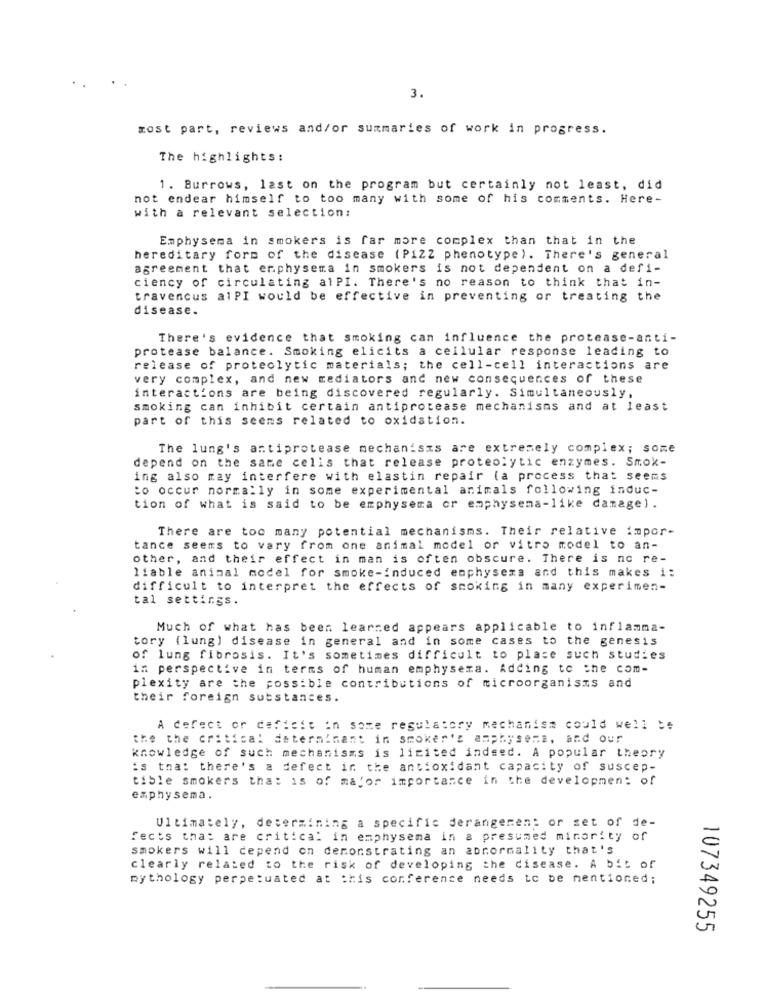
3.
most part, reviews and/or summaries of work in progress.
The highlights:
1. Burrows, last on the program but certainly not least, did
not endear himself to too many with some of his comments. Here-
with a relevant selection:
Emphysema in smokers is far more complex than that in the
hereditary form of the disease (PIZZ phenotype). There's general
agreement that emphysema in smokers is not dependent on a defi-
ciency of circulating alPI. There's no reason to think that in-
travencus alPI would be effective in preventing or treating the
disease.
There's evidence that smoking can influence the protease-anti-
protease balance. Smoking elicits a cellular response leading to
release of proteolytic materials; the cell-cell interactions are
very complex, and new mediators and new consequences of these
interactions are being discovered regularly. Simultaneously,
smoking can inhibit certain antiprotease mechanisms and at least
part of this seems related to oxidation.
The lung's antiprotease mechanisms are extremely complex; some
depend on the same cells that release proteolytic enzymes. Smok-
ing also may interfere with elastin repair (a process that seems
Co occur normally in some experimental animals following induc-
tion of what is said to be emphysema or emphysema-like damage).
There are too many potential mechanisms. Their relative impor-
tance seems to vary from one animal model or vitro model to an-
other, and their effect in man is often obscure. There is no re-
liable animal model for smoke-induced emphysema and this makes i:
difficult to interpret the effects of smoking in many experimen-
tal settings.
Much of what has been learned appears applicable to inflamma-
tory (lung) disease in general and in some cases to the genesis
of lung fibrosis. It's sometimes difficult to place such studies
in perspective in terms of human emphysema. Adding to the com-
plexity are the possible contributions of microorganisms and
their foreign substances.
A defect or deficit in some regulatory mechanism could well be
the the critical determinant in smoker's amphysens, and our
knowledge of such mechanisms is limited indeed. A popular theory
is that there's a defect in the antioxidant capacity of suscep-
tible smokers that is of major importance in the development of
emphysema.
Ultimately, determining a specific derangeren: or set of de-
fects that are critica: in emphysema in a presumed minority of
smokers will depend on demonstrating an abnormality that's
clearly related to the risk of developing the disease. A bit of
mythology perpetuated at this conference needs to be mentioned;
107349255